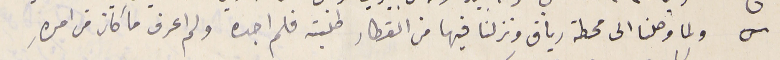
ولما وصلنا الى محطة رياق ونزلنا فيها من القطار طلبته فلم اجده ولم اعرف ما كان من امرهِ